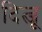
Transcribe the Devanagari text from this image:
दित्जू